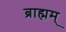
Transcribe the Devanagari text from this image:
ब्राह्मम्